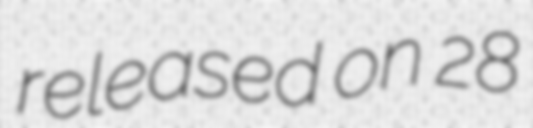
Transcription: released on 28